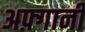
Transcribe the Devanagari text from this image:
अफ़्गानी